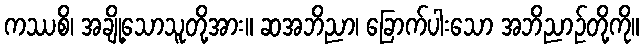
ကဿစိ၊ အချို့သောသူတို့အား။ ဆအဘိညာ၊ ခြောက်ပါးသော အဘိညာဉ်တို့ကို။